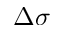
\Delta \sigma